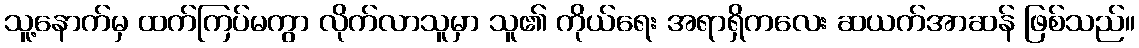
သူ့နောက်မှ ထက်ကြပ်မကွာ လိုက်လာသူမှာ သူ၏ ကိုယ်ရေး အရာရှိကလေး ဆယက်အာဆန် ဖြစ်သည်။